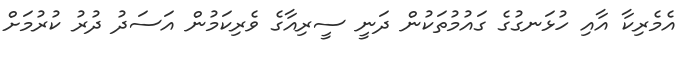
އެމެރިކާ އާއި ހުޅަނގުގެ ގައުމުތަކުން ދަނީ ސީރިއާގެ ވެރިކަމުން އަސަދު ދުރު ކުރުމަށް